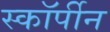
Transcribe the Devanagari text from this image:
स्कॉर्पीन